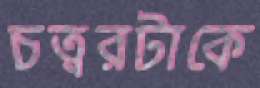
চত্বরটাকে